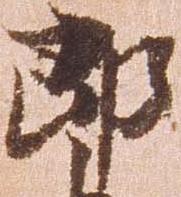
郎